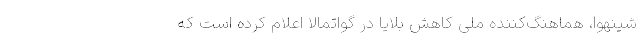
شینهوا، هماهنگ‌کننده ملی کاهش بلایا در گواتمالا اعلام کرده است که